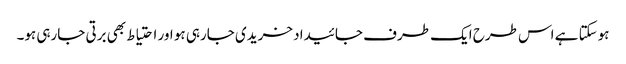
ہوسکتا ہے اس طرح ایک طرف جائیداد خریدی جارہی ہو اور احتیاط بھی برتی جارہی ہو۔